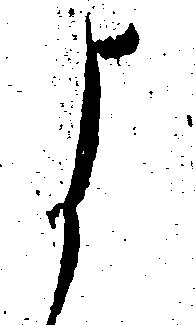
よ